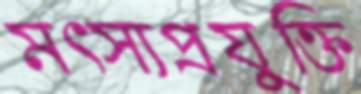
মৎস্যপ্রযুক্তি